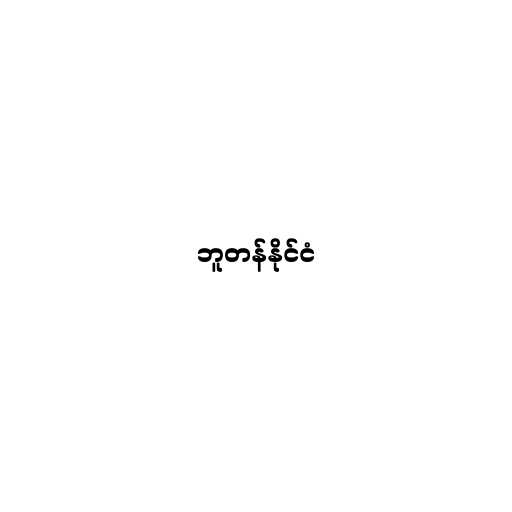
ဘူတန်နိုင်ငံ